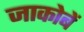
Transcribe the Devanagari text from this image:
जाकोबें